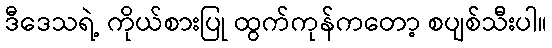
ဒီဒေသရဲ့ ကိုယ်စားပြု ထွက်ကုန်ကတော့ စပျစ်သီးပါ။